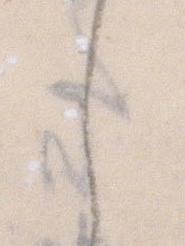
し